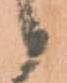
候